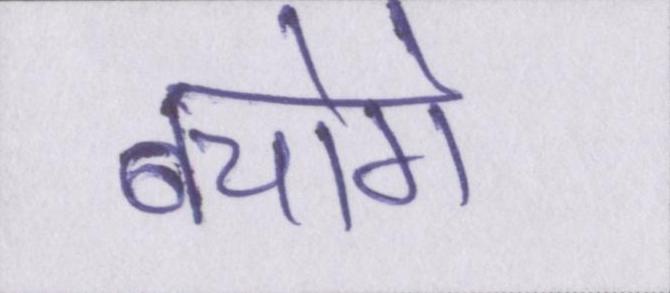
बचोगे